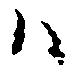
ハ